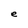
Character: e